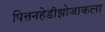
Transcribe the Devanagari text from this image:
पित्तनहेडीझोजाकला